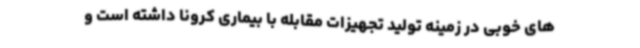
های خوبی در زمینه تولید تجهیزات مقابله با بیماری کرونا داشته است و